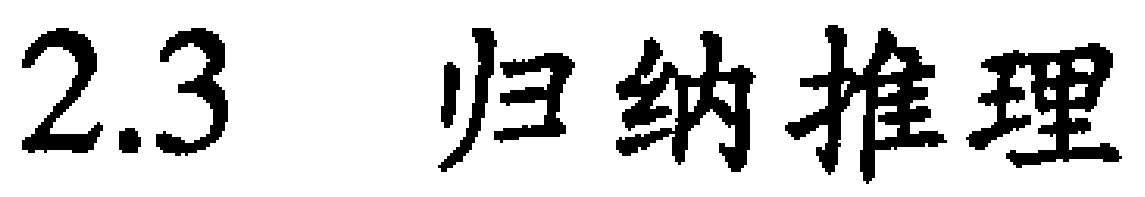
$2.3\ \ 归纳推理$